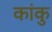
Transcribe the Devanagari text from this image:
कांकु